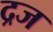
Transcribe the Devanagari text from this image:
द्रज